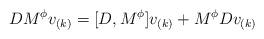
LaTeX: \begin{align*}DM^{\phi }v_{(k)}=[D,M^{\phi }]v_{(k)}+M^{\phi }Dv_{(k)}\end{align*}